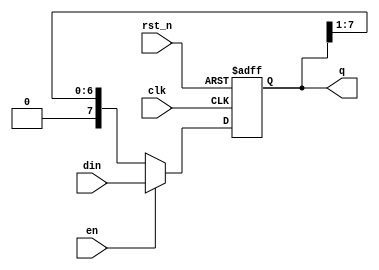
module Right_shifter #(parameter width = 8) (
input clk, rst_n,en,
input [width-1:0]din,
output reg [width-1:0]q);

always @(posedge clk or negedge rst_n)
if (!rst_n) q <= 0;
else if (en) q <= din;
else q <= {1'b0,q[width-1:1]};

endmodule